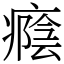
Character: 癊